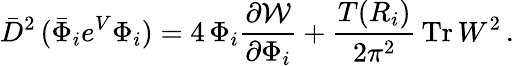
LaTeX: \bar{D}^{2}\, (\bar{\Phi}_{i}e^{V}{\Phi}_{i})=4\, {\Phi}_{i}\frac{\partial{\cal W}}{\partial{\Phi}_{i}}+\frac{T(R_{i})}{2\pi^{2}}\, \mathrm{Tr}\, W^{2}\, .